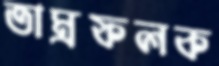
তাম্রফলক